Standards of the constituents of the urine and blood and the bearing of the metabolism of Bengalis on the problems of nutrition - Number 34
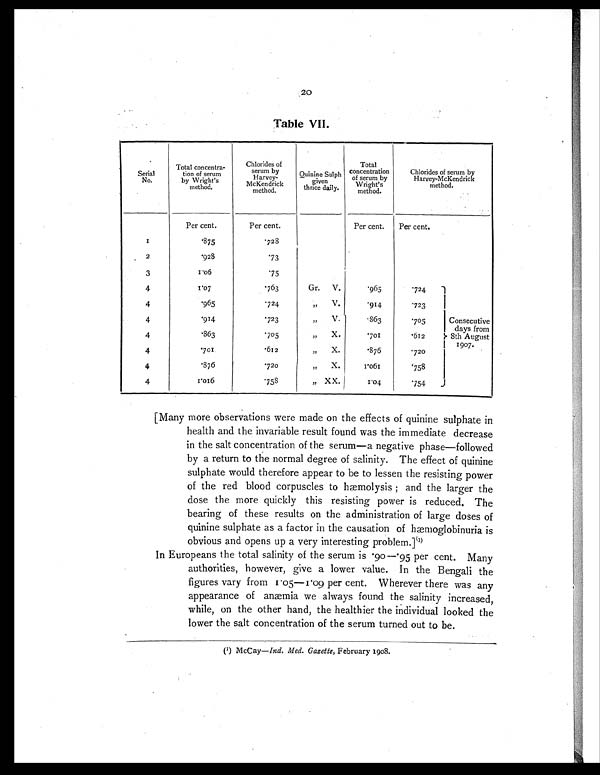
20
Table VII.
Serial
No.
Total concentra-
tion of serum
by Wright's
method.
Chlorides of
serum by
Harvey-
McKendrick
method.
Quinine Sulph
given
thrice daily.
Total
concentration
of serum by
Wright's method.
Chlorides of serum by
Harvey-McKendrick
method.
Per cent.
Per cent.
Per cent. Per cent.
1
. 8 7 5
. 7 2 8
2
. 9 2 8
. 7 3
3
1.06
. 7 5
4
1.07
. 7 6 3
Gr. V.
. 9 6 5
. 724
Consecutive
days from
8th August
1907.
4
. 9 6 5
. 7 2 4
„ V.
.914
. 723
4
. 9 1 4
. 7 2 3
„ V.
.863
. 7 0 5
4
. 8 6 3
. 7 0 5
„ X.
.701
. 612
4
. 7 0 1
. 6 1 2
„ X.
.876
.720
4
.876
. 7 2 0
„ X.
1.061
. 7 5 8
4
1 . 0 1 6
. 7 5 8
„ XX.
1.04
. 754
[Many more observations were made on the effects of quinine sulphate in
health and the invariable result found was the immediate decrease
in the salt concentration of the serum—a negative phase—followed
by a return to the normal degree of salinity. The effect of quinine
sulphate would therefore appear to be to lessen the resisting power
of the red blood corpuscles to hæmolysis ; and the larger the
dose the more quickly this resisting power is reduced. The
bearing of these results on the administration of large doses of
quinine sulphate as a factor in the causation of hæmoglobinuria is
obvious and opens up a very interesting problem.] (1)
In Europeans the total salinity of the serum is .90—.95 per cent. Many
authorities, however, give a lower value. In the Bengali the
figures vary from 1.05—1.09 per cent. Wherever there was any
appearance of anæmia we always found the salinity increased,
while, on the other hand, the healthier the individual looked the
lower the salt concentration of the serum turned out to be.
(1) McCay—Ind. Med. Gazette, February 1908.